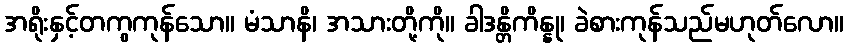
အရိုးနှင့်တကွကုန်သော။ မံသာနိ၊ အသားတို့ကို။ ခါဒန္တိကိန္နု၊ ခဲစားကုန်သည်မဟုတ်လော။